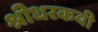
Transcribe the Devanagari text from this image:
श्रीधरकवी